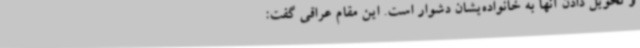
و تحویل دادن آنها به خانواده‌یشان دشوار است. این مقام عراقی گفت: